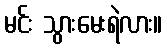
မင်း သွားမေးရဲလား။